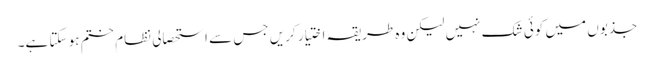
جذبوں میں کوئی شک نہیں لیکن وہ طریقہ اختیار کریں جس سے استحصالی نظام ختم ہو سکتا ہے۔